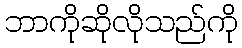
ဘာကိုဆိုလိုသည်ကို